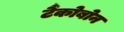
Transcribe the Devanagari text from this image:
टैंकोबोन